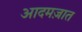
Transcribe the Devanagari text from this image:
आदमज़ात